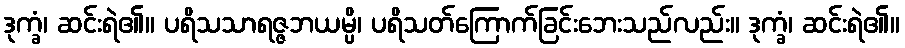
ဒုက္ခံ၊ ဆင်းရဲ၏။ ပရိသသာရဇ္ဇဘယမ္ပိ၊ ပရိသတ်ကြောက်ခြင်းဘေးသည်လည်း။ ဒုက္ခံ၊ ဆင်းရဲ၏။